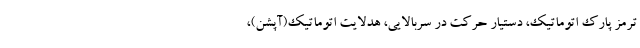
ترمز پارک اتوماتیک، دستیار حرکت در سربالایی، هدلایت اتوماتیک(آپشن)،